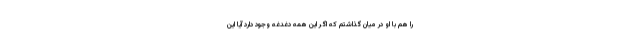
را هم با او در میان گذاشتم که اگر این همه دغدغه وجود دارد آیا این